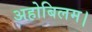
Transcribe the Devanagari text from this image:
अहोबिलम।